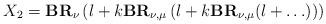
LaTeX: \begin{align*}X_2=\textbf{BR}_{\nu}\left(l+k\textbf{BR}_{\nu,\mu}\left(l+k\textbf{BR}_{\nu,\mu}(l+\ldots)\right)\right)\end{align*}